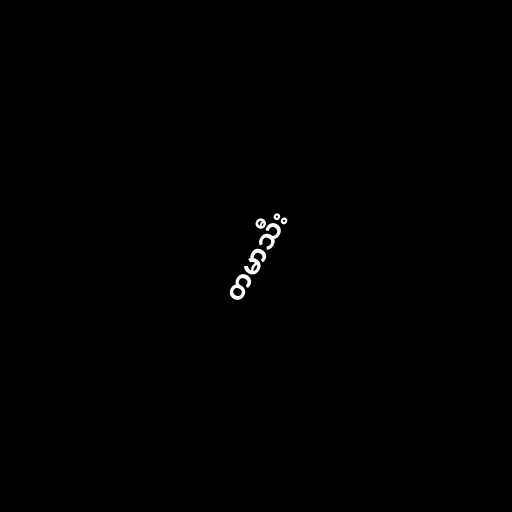
တမာသီး